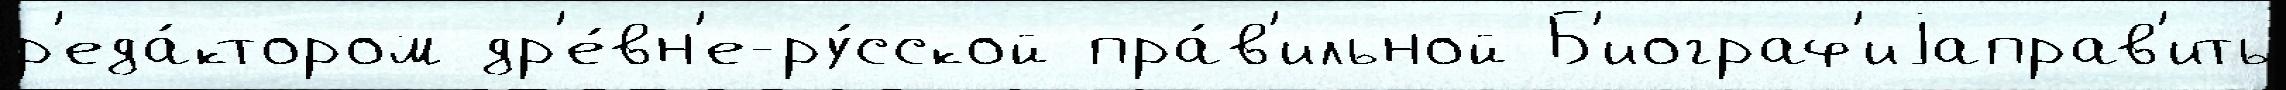
р'еда́ктором др'е́вн'е-ру́сской пра́в'ильной Б'иограф'иjаправ'ить